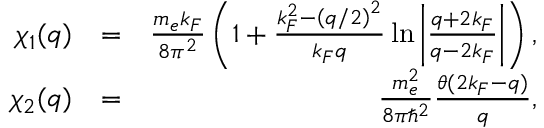
\begin{array} { r l r } { \chi _ { 1 } ( q ) } & { = } & { \frac { m _ { e } k _ { F } } { 8 \pi ^ { 2 } } \left( 1 + \frac { k _ { F } ^ { 2 } - \left( q / 2 \right) ^ { 2 } } { k _ { F } q } \ln \left| \frac { q + 2 k _ { F } } { q - 2 k _ { F } } \right| \right) , } \\ { \chi _ { 2 } ( q ) } & { = } & { \frac { m _ { e } ^ { 2 } } { 8 \pi \hbar ^ { 2 } } \frac { \theta ( 2 k _ { F } - q ) } { q } , } \end{array}